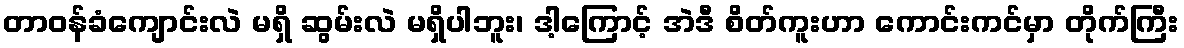
တာဝန်ခံကျောင်းလဲ မရှိ ဆွမ်းလဲ မရှိပါဘူး၊ ဒါ့ကြောင့် အဲဒီ စိတ်ကူးဟာ ကောင်းကင်မှာ တိုက်ကြီး